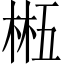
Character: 𬃂